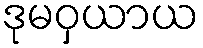
ဒုမဝှယာယ